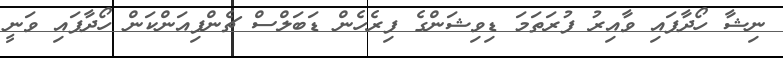
ނިޝާ ހޯދާފައި ވާއިރު ފުރަތަމަ ޑިވިޝަންގެ ފިރެހެން ޑަބަލްސް ޗެންޕިއަންކަން ހޯދާފައި ވަނީ